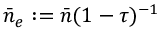
\bar { n } _ { e } : = \bar { n } ( 1 - \tau ) ^ { - 1 }